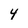
Character: 4